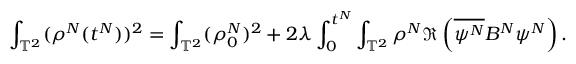
\int _ { \mathbb { T } ^ { 2 } } ( \rho ^ { N } ( t ^ { N } ) ) ^ { 2 } = \int _ { \mathbb { T } ^ { 2 } } ( \rho _ { 0 } ^ { N } ) ^ { 2 } + 2 \lambda \int _ { 0 } ^ { t ^ { N } } \int _ { \mathbb { T } ^ { 2 } } \rho ^ { N } \Re \left( \overline { { \psi ^ { N } } } B ^ { N } \psi ^ { N } \right) .